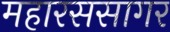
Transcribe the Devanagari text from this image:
महारससागर